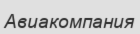
Авиакомпания